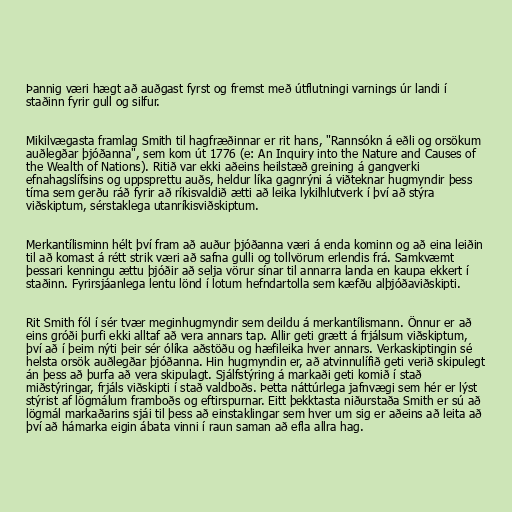
Þannig væri hægt að auðgast fyrst og fremst með útflutningi varnings úr landi í
staðinn fyrir gull og silfur.

Mikilvægasta framlag Smith til hagfræðinnar er rit hans, "Rannsókn á eðli og orsökum
auðlegðar þjóðanna", sem kom út 1776 (e: An Inquiry into the Nature and Causes of
the Wealth of Nations). Ritið var ekki aðeins heilstæð greining á gangverki
efnahagslífsins og uppsprettu auðs, heldur líka gagnrýni á viðteknar hugmyndir þess
tíma sem gerðu ráð fyrir að ríkisvaldið ætti að leika lykilhlutverk í því að stýra
viðskiptum, sérstaklega utanríkisviðskiptum.

Merkantílisminn hélt því fram að auður þjóðanna væri á enda kominn og að eina leiðin
til að komast á rétt strik væri að safna gulli og tollvörum erlendis frá. Samkvæmt
þessari kenningu ættu þjóðir að selja vörur sínar til annarra landa en kaupa ekkert í
staðinn. Fyrirsjáanlega lentu lönd í lotum hefndartolla sem kæfðu alþjóðaviðskipti.

Rit Smith fól í sér tvær meginhugmyndir sem deildu á merkantílismann. Önnur er að
eins gróði þurfi ekki alltaf að vera annars tap. Allir geti grætt á frjálsum viðskiptum,
því að í þeim nýti þeir sér ólíka aðstöðu og hæfileika hver annars. Verkaskiptingin sé
helsta orsök auðlegðar þjóðanna. Hin hugmyndin er, að atvinnulífið geti verið skipulegt
án þess að þurfa að vera skipulagt. Sjálfstýring á markaði geti komið í stað
miðstýringar, frjáls viðskipti í stað valdboðs. Þetta náttúrlega jafnvægi sem hér er lýst
stýrist af lögmálum framboðs og eftirspurnar. Eitt þekktasta niðurstaða Smith er sú að
lögmál markaðarins sjái til þess að einstaklingar sem hver um sig er aðeins að leita að
því að hámarka eigin ábata vinni í raun saman að efla allra hag.